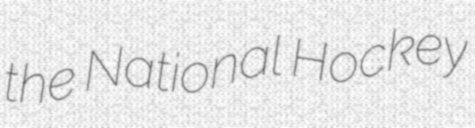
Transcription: the National Hockey